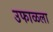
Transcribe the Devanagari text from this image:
उफाळला